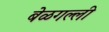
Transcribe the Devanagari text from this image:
बेळगल्ली